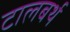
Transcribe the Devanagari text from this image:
टालबर्थ